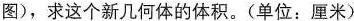
图)，求这个新几何体的体积。(单位：厘米）